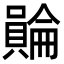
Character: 𧷺